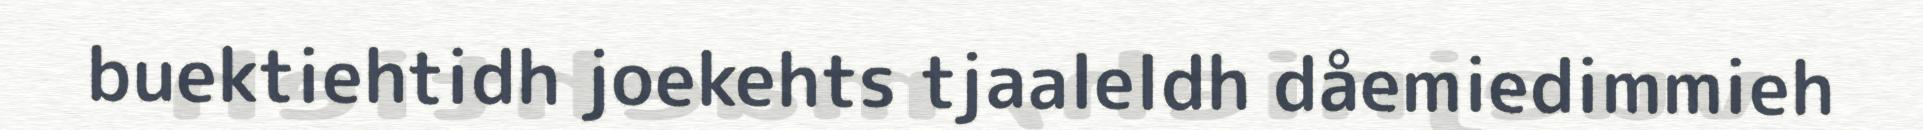
buektiehtidh joekehts tjaaleldh dåemiedimmieh